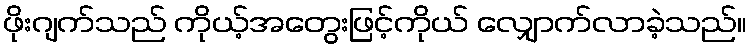
ဖိုးဂျက်သည် ကိုယ့်အတွေးဖြင့်ကိုယ် လျှောက်လာခဲ့သည်။